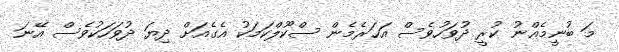
މަ ބުނީމެއްނު ކުރީ ދުވަހުވެސް އަހަރެމެން ސްކޫލްކަމަކު އެގެއަށް ދިޔަ ދުވަހަކުވެސް އޭނަ